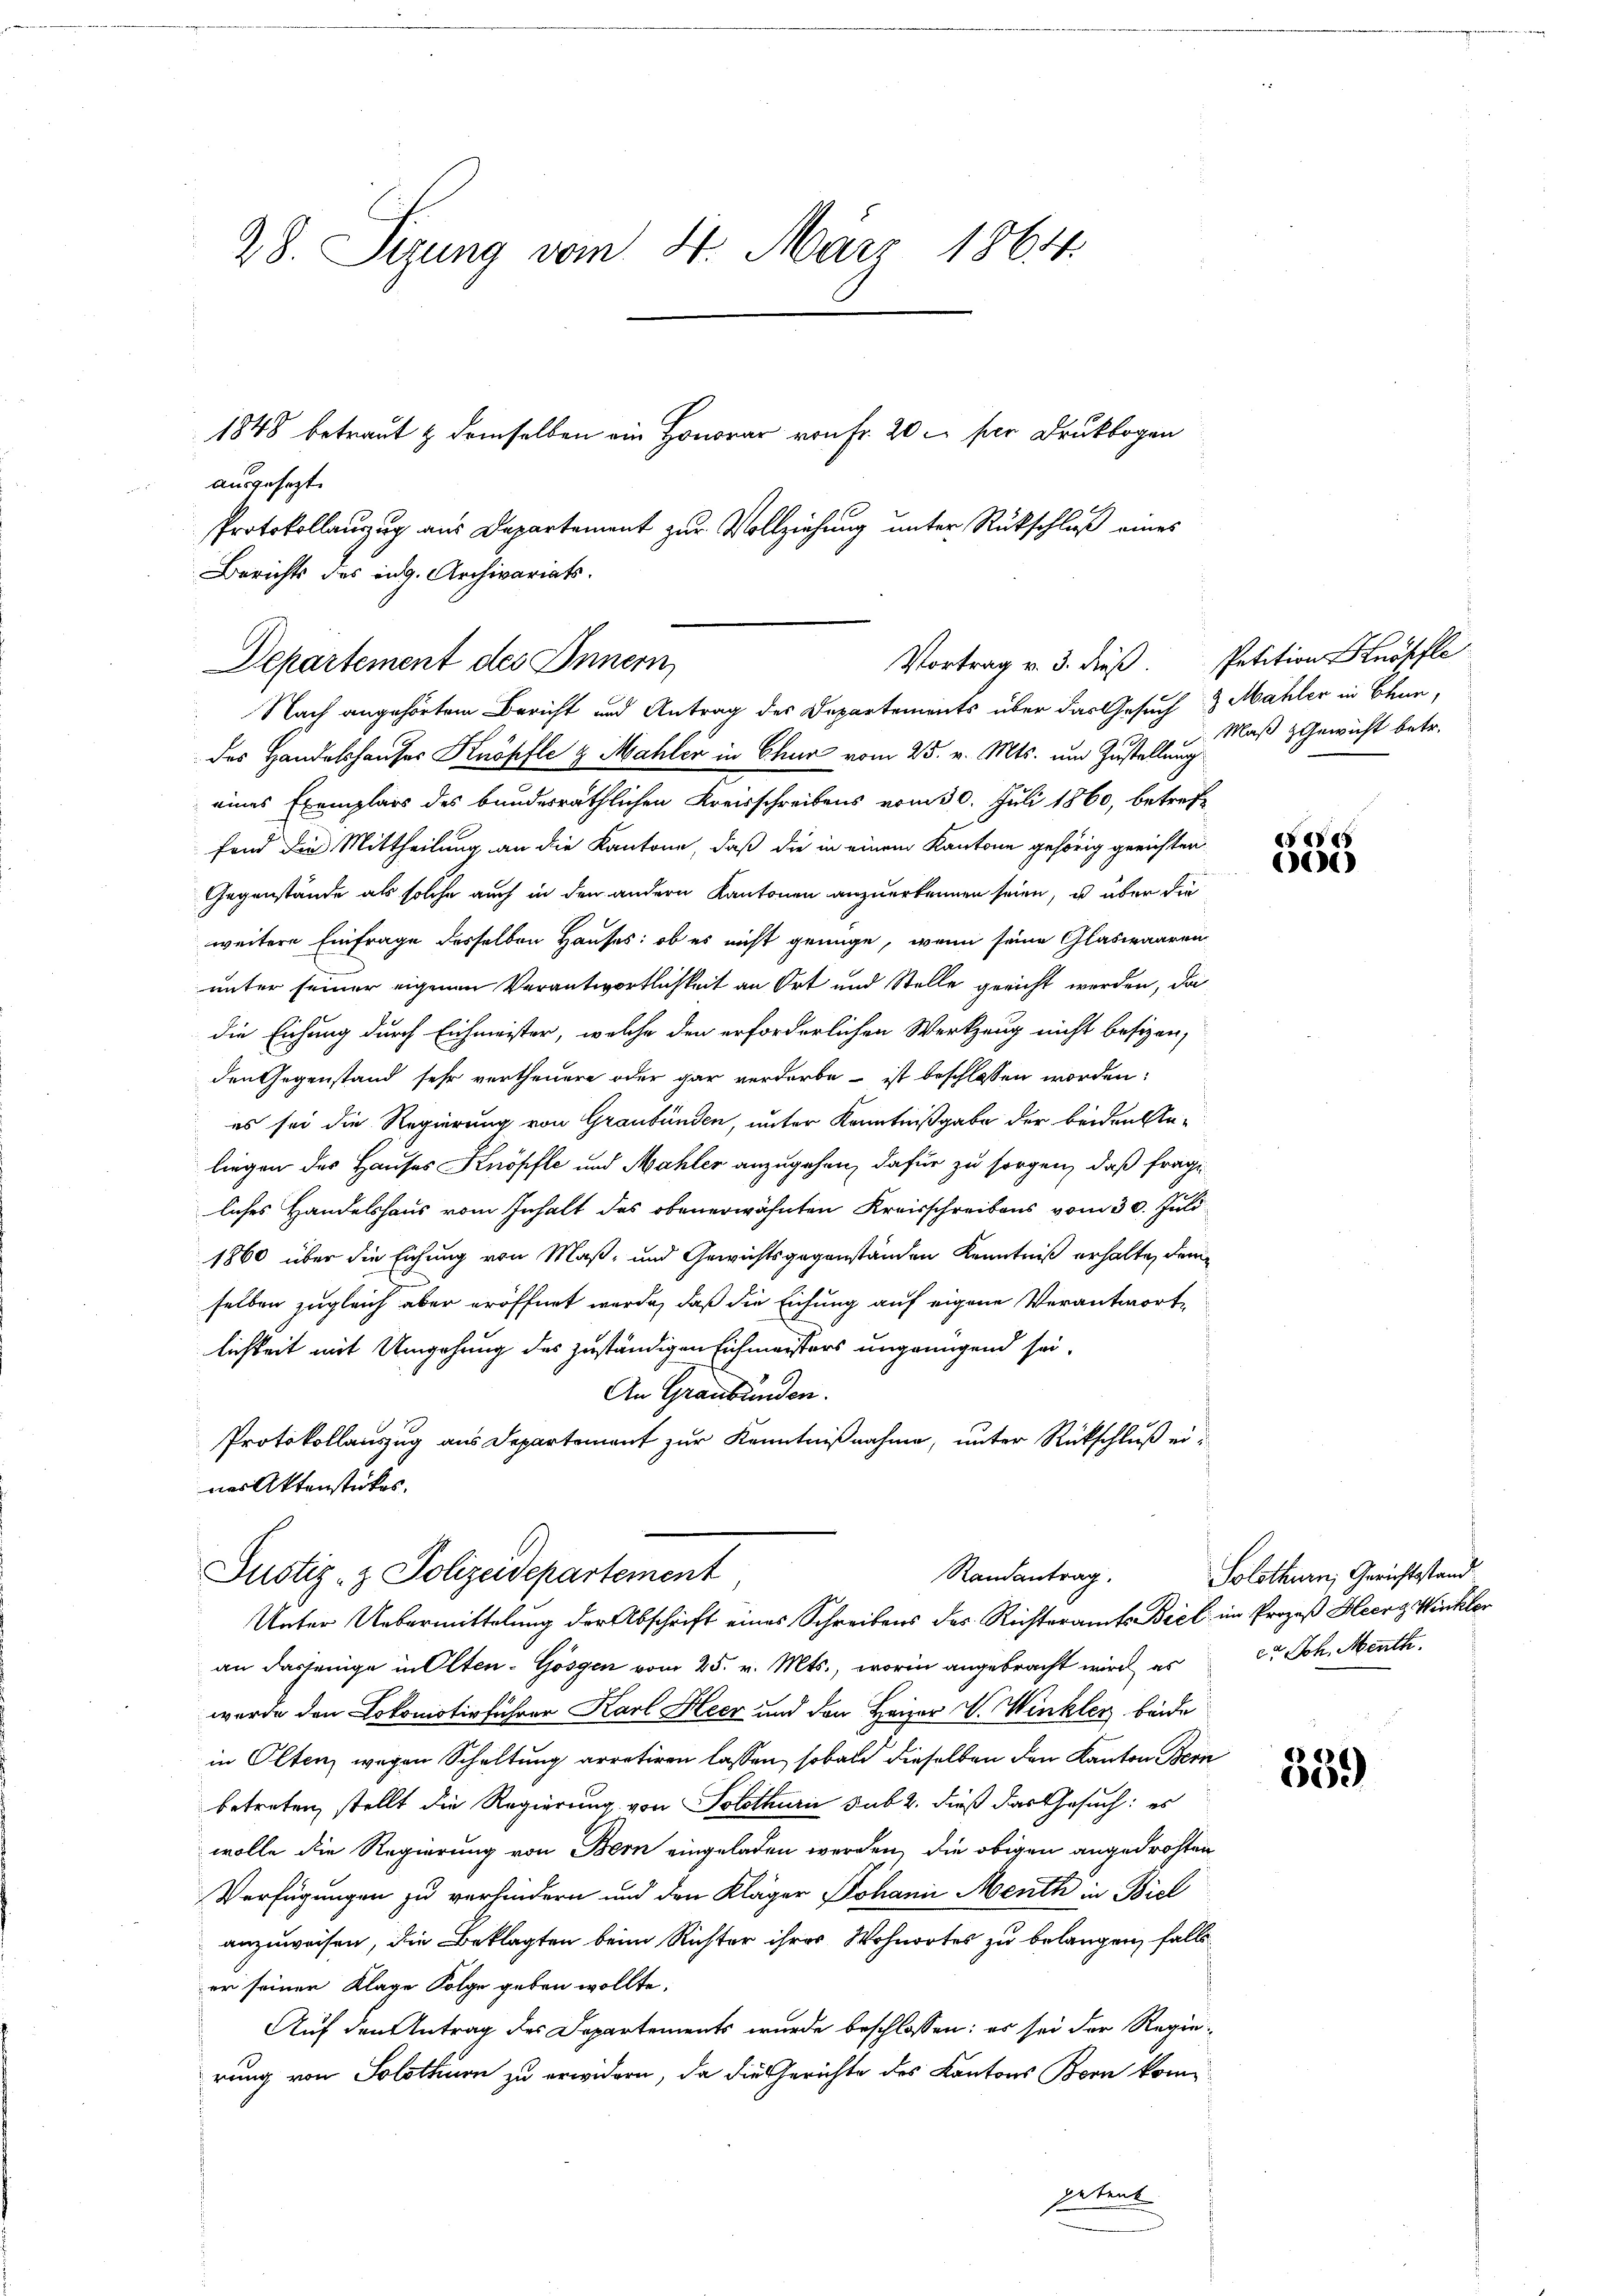
28. Sizung vom 4. März 1864.

ausgesezt.
Protokollauzug aus Departement zur Vollziehung unter Rückschluß eines
Berichts des eidg. Archivariats.

1848 betraut & demselben ein Honorar von Fr. 20 x per Druckbogen

des Handelshauses Knöpfle & Mahler in Chur vom 25. v. Mts. um Zustellung
eines Exemplars des bundesräthlichen Kreisschreibens vom 30. Juli 1860, betreffond die Mittheilung an die Kantone, daß die in einem Kantone gehörig gerichten.
Gegenstände als solche auch in den andern Kantonen anzuerkennen seien, es über die
weitere Einfrage desselben Hauses: ob es nicht genüge, wenn seine Glaswaaren
unter seiner eigenen Verantwortlichkeit an Ort und Stelle gericht werden, da
die Eichung durch Eichmeister, welche den erforderlichen Werkzeug nicht besizen,
den Gegenstand sehr vertheuere oder gar verdarbe ist beschlossen worden:
es sei die Regierung von Graubünden, unter Kenntnißgabe der beiden An-
liegen des Hauses Knöpfte und Mahler anzugehen, dafür zu sorgen, daß frage
liches Handelshaus vom Inhalt des obenerwähnten Kreisschreibens vom 30. Juli
1860 über die Eichung von Maß- und Gewichtsgegenständen Kenntniß erhalte, dem
selben zugleich aber eröffnet werde, daß die Eichung auf eigene Verantwortlichkeit mit Umgehung des zuständigen Eichmeisters ungenügend sei,
An Graubünden.
Protokollauszug aus Departement zur Kenntnißnahme, unter Rückschluß eines Aktenstückes.
Justiz- & Polizeidepartement
Randantrag.
Unter Uebermittelung der Abschrift eines Schreibens des Richteramts Biel im Prozeß Heerg Winkler
an dasjenige in Olten-Gösgen vom 25. v. Mts., worin angebracht wird, es
wurde den Lokomotivführer Karl Heer und den Heizer V. Winkler beide
in Oltenz wegen Schaltung arretiren lassen, sobald dieselben den Kanton Bern
betreten, stellt die Regierung von Solothurn sub 2. dieß das Gesuch: es
wolle die Regierung von Bern eingeladen werden, die obigen angedrohten
Verfügungen zu verhindern und den Kläger Johann Menth in Biel
anzuweisen, die Beklagten beim Richter ihres Wohnortes zu belangen, falls
er seiner Klage Folge geben wollte.
Auf den Antrag des Departements wurde beschlossen: es sei der Regie
rung von Solothurn zu erwidern, da die Gerichte des Kantons Bern kompetent

Departement des Innern
Vortrag v. 3. dieß.
Nach angehörtem Bericht und Antrag des Departements über das Gesuch

Petition Knöpfle
 Mahler in Chur,
Maß zGewicht betr.

4
)

Solothurn, Gerichtstand
et Joh. Menth

539)